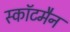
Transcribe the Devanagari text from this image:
स्कॉटमैन